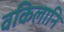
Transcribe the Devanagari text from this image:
वकिलानि